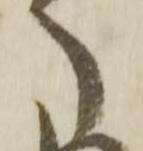
ら